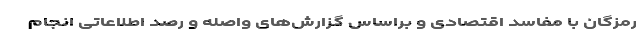
رمزگان با مفاسد اقتصادی و براساس گزارش‌های واصله و رصد اطلاعاتی انجام